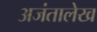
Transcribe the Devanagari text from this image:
अजंतालेख